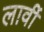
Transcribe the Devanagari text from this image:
लार्वी